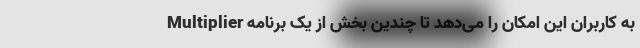
Multiplier به کاربران این امکان را می‌دهد تا چندین بخش از یک برنامه